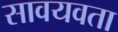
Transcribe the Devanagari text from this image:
सावयवता